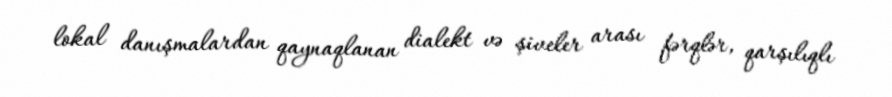
lokal danışmalardan qaynaqlanan dialekt və şiveler arası fərqlər, qarşılıqlı